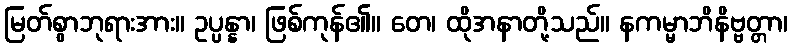
မြတ်စွာဘုရားအား။ ဥပ္ပန္နာ၊ ဖြစ်ကုန်၏။ တေ၊ ထိုအနာတို့သည်။ နကမ္မာဘိနိဗ္ဗတ္တာ၊